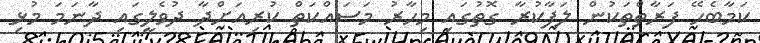
ކަމާބެހޭ ފަރާތްތަކުން ލަފާކުރާ ގޮތުގައި މިހާރު މަސައްކަތް ކުރިއަށްދާ ދުވެލީގައި ދާނަމަ މުޅި